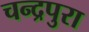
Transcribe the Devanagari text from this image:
चन्द्रपुरा